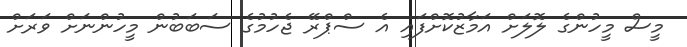
މީސް މީހުންގެ ލޮލަށް އަމާޒުކޮށްފައި އެ ސްޕްރޭ ޖެހުމުގެ ސަބަބުން މީހުންނަށް ވަރަށް